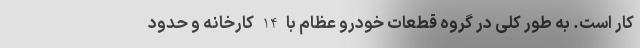
کار است. به طور کلی در گروه قطعات خودرو عظام با 14 کارخانه و حدود